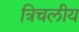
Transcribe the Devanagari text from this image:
त्रिचलीय